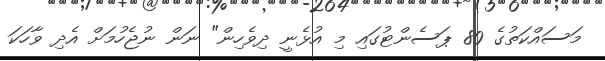
މަސައްކަތުގެ 80 ޕަސެންޓުގައި މި އުޅެނީ ދިވެހިން" ނަން ނުޖެހުމަށް އެދި ވާހަކަ